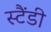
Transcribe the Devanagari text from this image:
स्टैंडी